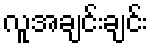
လူအချင်းချင်း